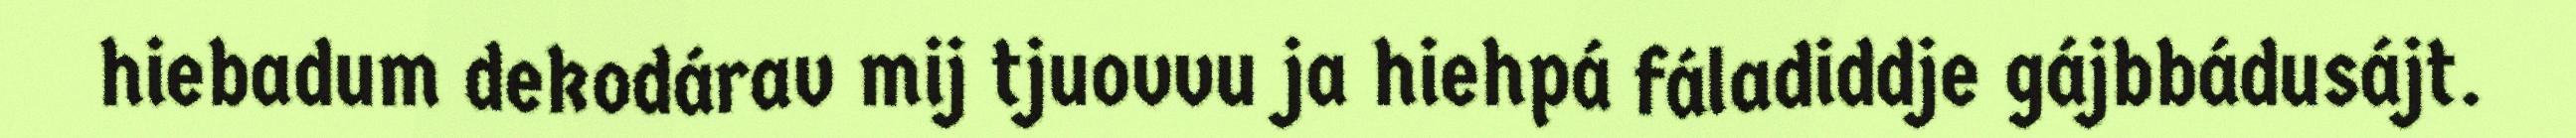
hiebadum dekodárav mij tjuovvu ja hiehpá fáladiddje gájbbádusájt.